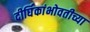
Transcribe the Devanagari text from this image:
दीर्घिकांभोवतीच्या